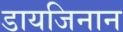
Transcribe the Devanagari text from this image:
डायजिनान